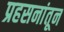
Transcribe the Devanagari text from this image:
प्रहसनांतून